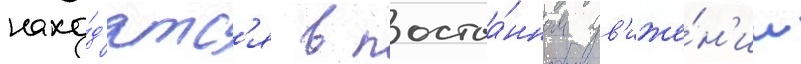
нахо́д'ятс'я в постоа́нном дв'иже́н'ии